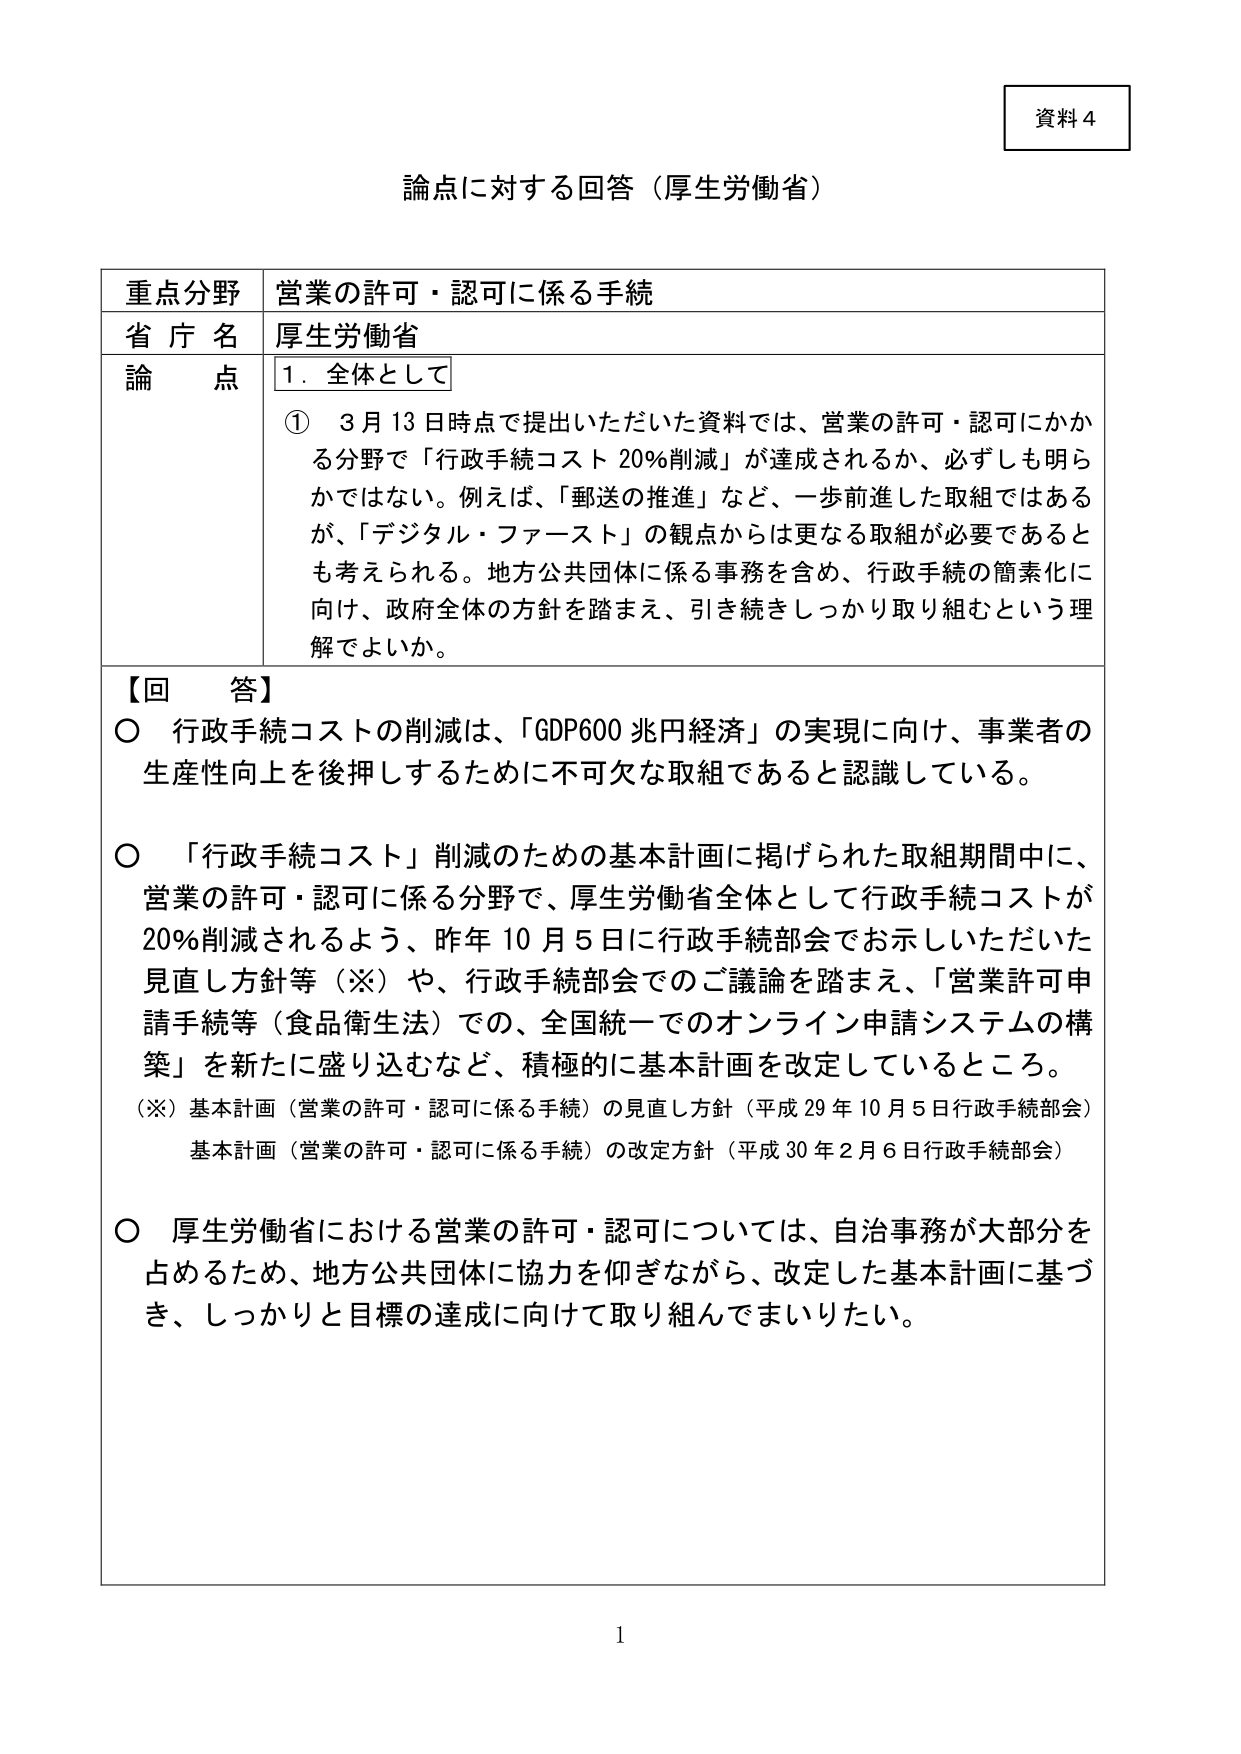
資料４

論点に対する回答（厚生労働省）

重点分野　営業の許可・認可に係る手続
省庁名　厚生労働省
論点　１．全体として
　①　３月13日時点で提出いただいた資料では、営業の許可・認可にかかる分野で「行政手続コスト20％削減」が達成されるか、必ずしも明らかではない。例えば、「郵送の推進」など、一歩前進した取組ではあるが、「デジタル・ファースト」の観点からは更なる取組が必要であるとも考えられる。地方公共団体に係る事務を含め、行政手続の簡素化に向け、政府全体の方針を踏まえ、引き続きしっかり取り組むという理解でよいか。

【回答】
○　行政手続コストの削減は、「GDP600兆円経済」の実現に向け、事業者の生産性向上を後押しするために不可欠な取組であると認識している。

○　「行政手続コスト」削減のための基本計画に掲げられた取組期間中に、営業の許可・認可に係る分野で、厚生労働省全体として行政手続コストが20％削減されるよう、昨年10月5日に行政手続部会でお示しいただいた見直し方針等（※）や、行政手続部会でのご議論を踏まえ、「営業許可申請手続等（食品衛生法）での、全国統一でのオンライン申請システムの構築」を新たに盛り込むなど、積極的に基本計画を改定しているところ。
（※）基本計画（営業の許可・認可に係る手続）の見直し方針（平成29年10月5日行政手続部会）
　　基本計画（営業の許可・認可に係る手続）の改定方針（平成30年2月6日行政手続部会）

○　厚生労働省における営業の許可・認可については、自治事務が大部分を占めるため、地方公共団体に協力を仰ぎながら、改定した基本計画に基づき、しっかりと目標の達成に向けて取り組んでまいりたい。

1